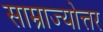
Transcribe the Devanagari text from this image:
साम्राज्योत्तर